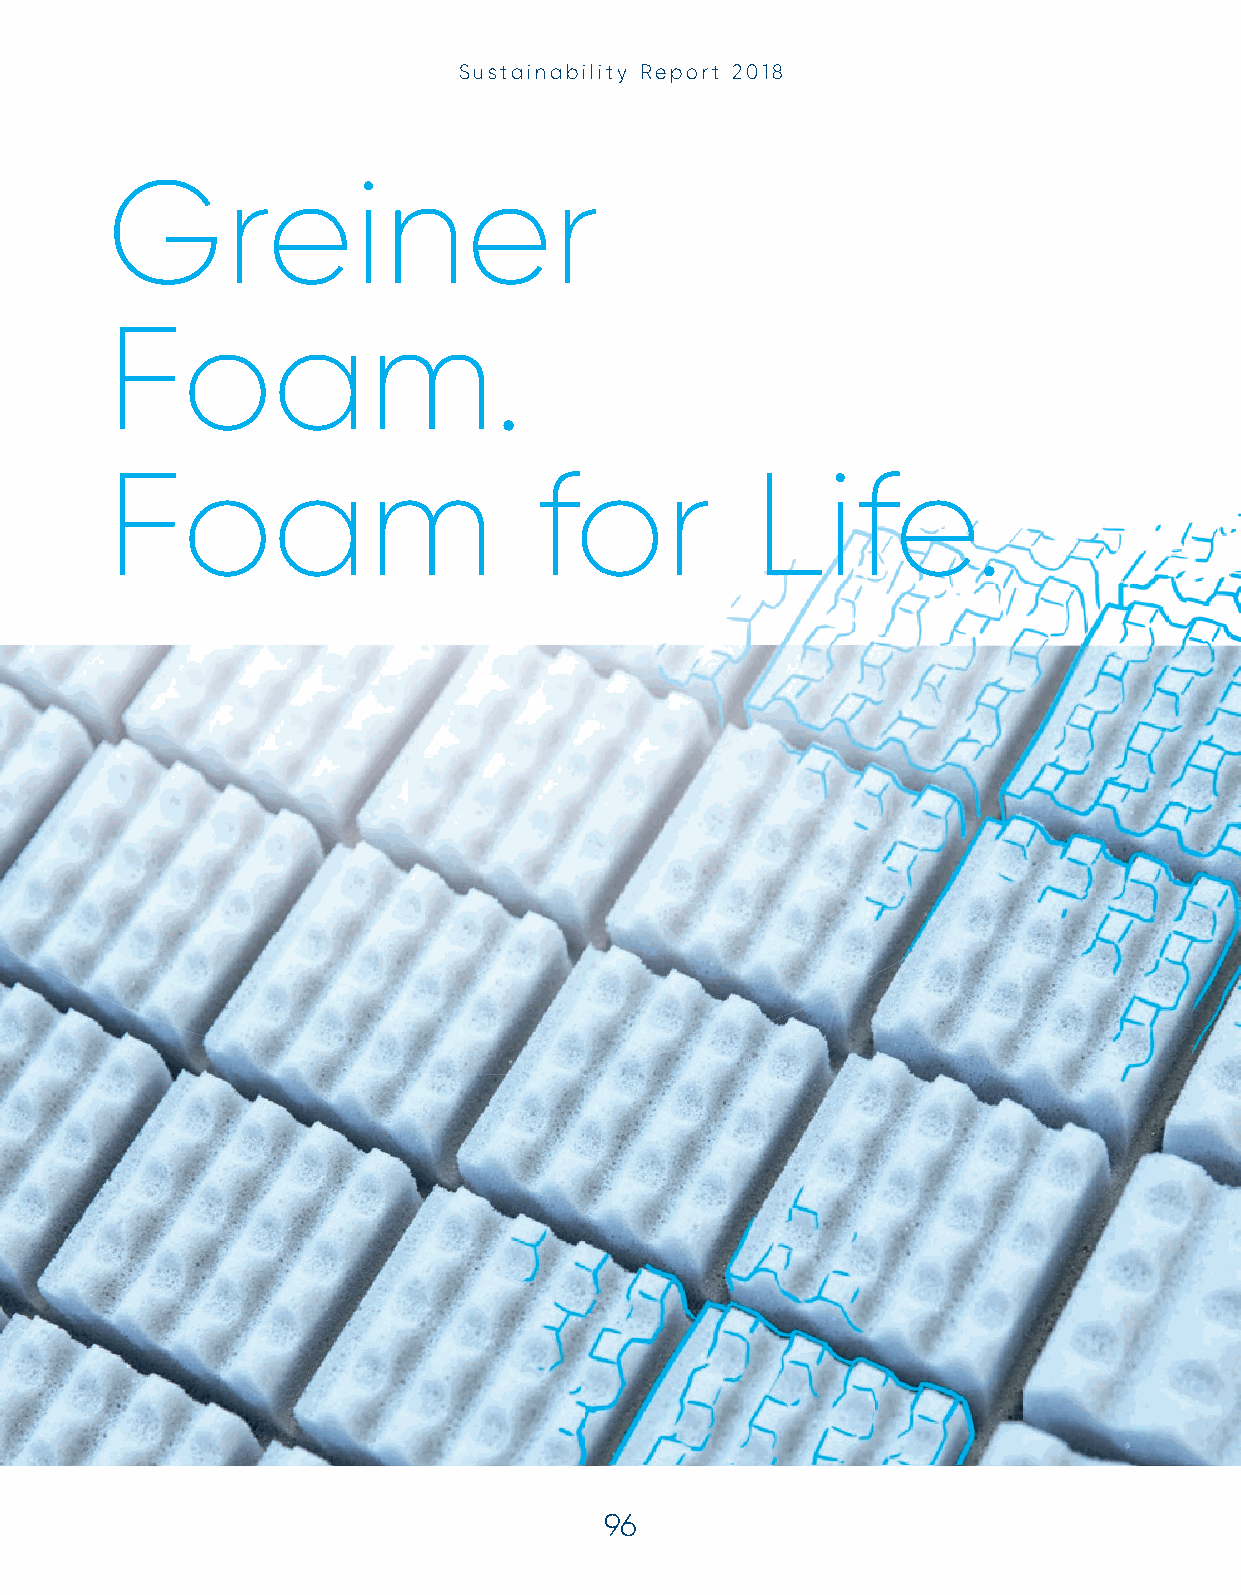
Sustainability Report 2018
 Greiner
 Foam.
 Foam                        for            Life.
 96